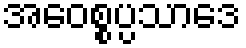
အဝေစ္စပ္ပသာဒေ